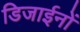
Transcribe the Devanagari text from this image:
डिजाईनों